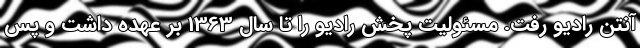
آنتن رادیو رفت. مسئولیت پخش رادیو را تا سال 1363 بر عهده داشت و پس